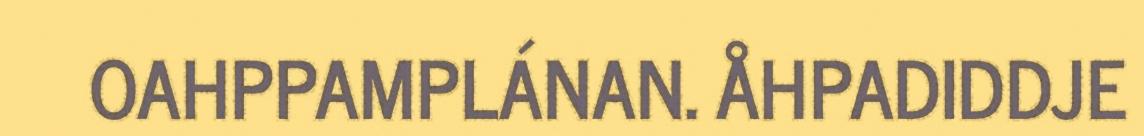
OAHPPAMPLÁNAN. ÅHPADIDDJE